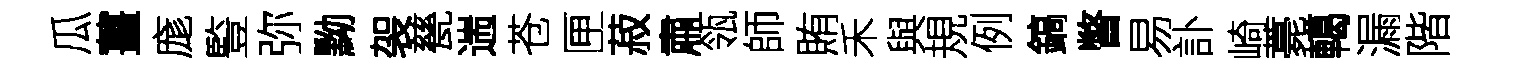
瓜薑庬䜿弥黝袈甆遄苍匣菽肅瓴師賄禾與規例鎬瞥易訃崎薧轕漏階